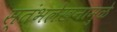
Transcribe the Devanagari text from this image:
स्तंभलेखनामुळे